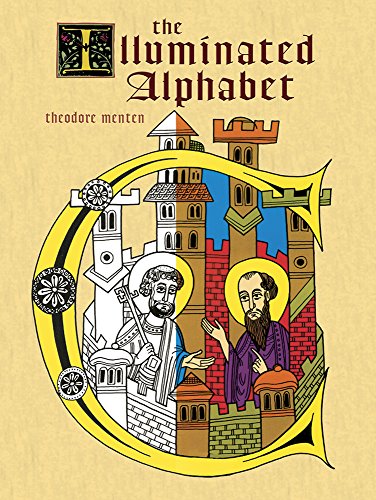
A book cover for The Illuminated Alphabet (Dover Coloring Book); Theodore Menten; Arts & Photography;